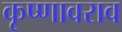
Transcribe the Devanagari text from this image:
कृष्णावराव